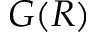
G ( R )